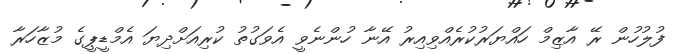
ފުލުހުން ރޭ އާޒިމް ހައްޔަރުކުރެއްވިއިރު އޭނާ ހުންނެވީ އެވަގުތު ކުރިއަށްދިޔަ އެމްޑީޕީގެ މުޒާހަރާ